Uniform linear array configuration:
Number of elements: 16
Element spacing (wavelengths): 0.75
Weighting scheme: hann
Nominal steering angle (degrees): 60
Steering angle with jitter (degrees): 59.647
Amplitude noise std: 0.05
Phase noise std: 0.05

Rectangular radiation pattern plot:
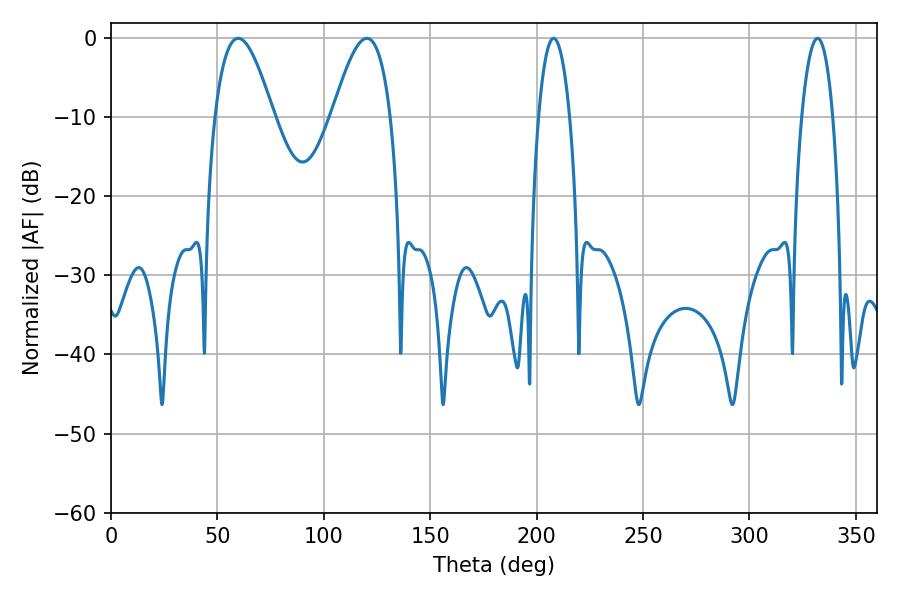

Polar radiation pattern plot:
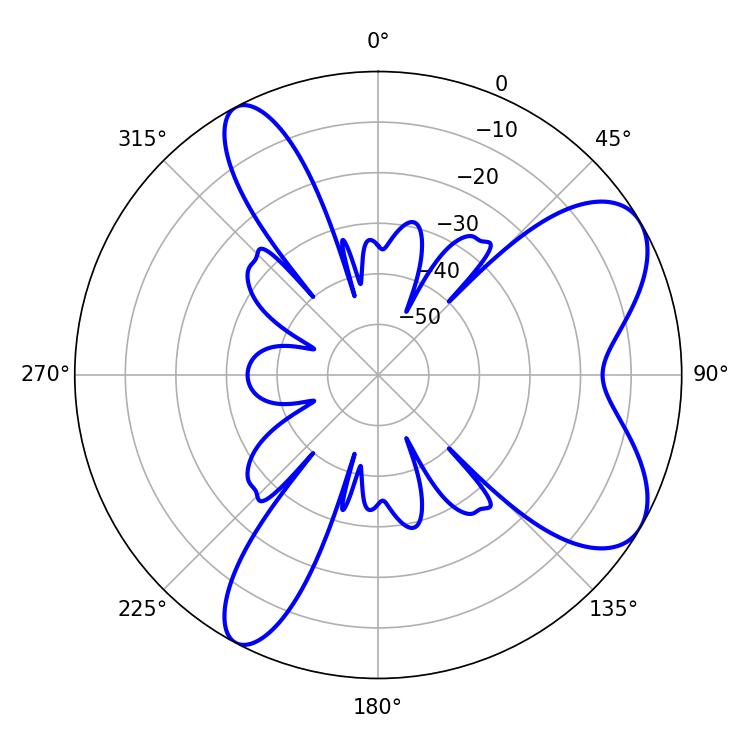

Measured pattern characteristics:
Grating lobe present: TRUE
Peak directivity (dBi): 7.426
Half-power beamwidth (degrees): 14.76
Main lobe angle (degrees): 59.76